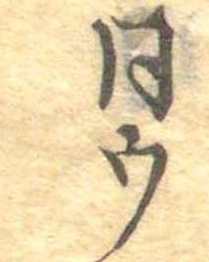
同ウ